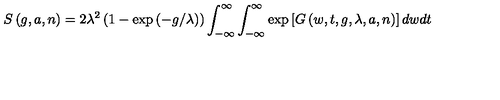
S \left( g , a , n \right) = 2 \lambda ^ { 2 } \left( 1 - \exp \left( - g / \lambda \right) \right) \int _ { - \infty } ^ { \infty } \int _ { - \infty } ^ { \infty } \exp \left[ G \left( w , t , g , \lambda , a , n \right) \right] d w d t